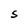
Character: S